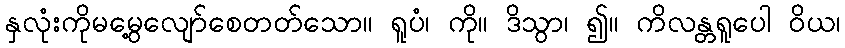
နှလုံးကိုမမွေ့လျော်စေတတ်သော။ ရူပံ၊ ကို။ ဒိသွာ၊ ၍။ ကိလန္တရူပေါ ဝိယ၊